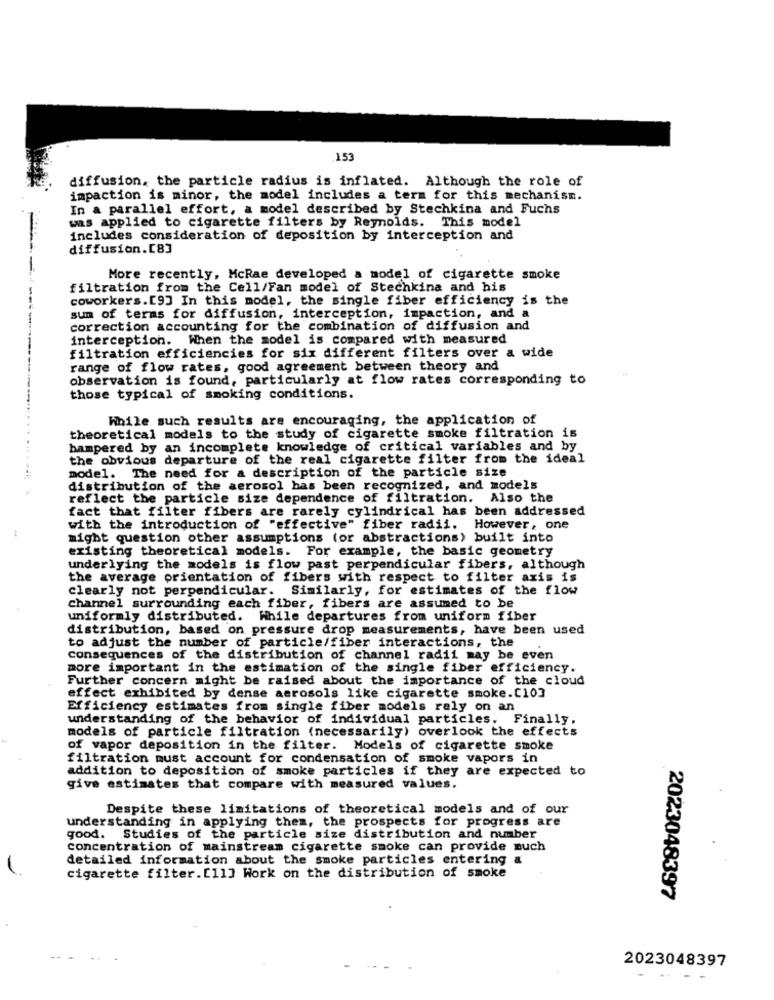
153
diffusion, the particle radius is inflated. Although the role of
impaction is minor, the model includes a term for this mechanism.
In a parallel effort, a model described by Stechkina and Fuchs
was applied to cigarette filters by Reynolds. This model
includes consideration of deposition by interception and
diffusion.[8]
More recently, McRae developed a model of cigarette smoke
filtration from the Cell/Fan model of Stechkina and his
coworkers.[9] In this model, the single fiber efficiency is the
sum of terms for diffusion, interception, impaction, and a
correction accounting for the combination of diffusion and
interception. When the model is compared with measured
filtration efficiencies for six different filters over a wide
range of flow rates, good agreement between theory and
observation is found, particularly at flow rates corresponding to
those typical of smoking conditions.
While such results are encouraging, the application of
theoretical models to the study of cigarette smoke filtration is
hampered by an incomplete knowledge of critical variables and by
the obvious departure of the real cigarette filter from the ideal
model. The need for a description of the particle size
distribution of the aerosol has been recognized, and models
reflect the particle size dependence of filtration. Also the
fact that filter fibers are rarely cylindrical has been addressed
with the introduction of "effective" fiber radii. However, one
might question other assumptions (or abstractions) built into
existing theoretical models. For example, the basic geometry
underlying the models is flow past perpendicular fibers, although
the average orientation of fibers with respect to filter axis is
clearly not perpendicular. Similarly, for estimates of the flow
Channel surrounding each fiber, fibers are assumed to be
uniformly distributed. While departures from uniform fiber
distribution, based on pressure drop measurements, have been used
to adjust the number of particle/fiber interactions, the
consequences of the distribution of channel radii may be even
more important in the estimation of the single fiber efficiency.
Further concern might be raised about the importance of the cloud
effect exhibited by dense aerosols like cigarette smoke.[103
Efficiency estimates from single fiber models rely on an
understanding of the behavior of individual particles. Finally.
models of particle filtration (necessarily) overlook the effects
of vapor deposition in the filter. Models of cigarette smoke
filtration must account for condensation of smoke vapors in
addition to deposition of smoke particles if they are expected to
give estimates that compare with measured values.
Despite these limitations of theoretical models and of our
understanding in applying them, the prospects for progress are
good. Studies of the particle size distribution and number
concentration of mainstream cigarette smoke can provide much
detailed information about the smoke particles entering &
cigarette filter.[11] Work on the distribution of smoke
2023048397
2023048397